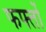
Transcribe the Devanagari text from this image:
फफ्तों